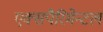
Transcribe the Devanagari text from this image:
एक्सपैरिमेन्टल